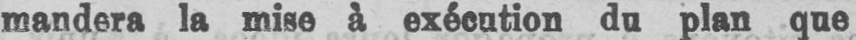
mandera la mise à exécution du plan que